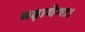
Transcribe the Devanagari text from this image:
बढ़ायेगा।